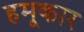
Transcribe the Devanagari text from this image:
हमूकार